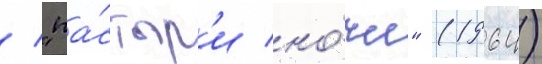
/ "па́стыр'и но́чи" (1964)